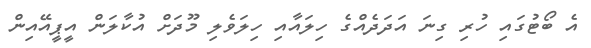
އެ ބޯޓުގައި ހުރި ގިނަ އަދަދެއްގެ ހިލައާއި ހިލަވެލި މޫދަށް އުކާލަން އީޕީއޭއިން